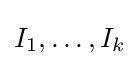
I_{1},\ldots ,I_{k}